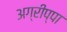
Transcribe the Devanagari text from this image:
अग्रीप्पा